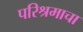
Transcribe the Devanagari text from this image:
परिश्रमाचा